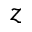
z